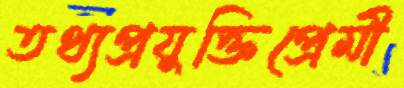
তথ্যপ্রযুক্তিপ্রেমী